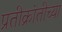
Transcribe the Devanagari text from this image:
प्रतीक्रांतीच्या